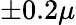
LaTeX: \pm 0.2\mu